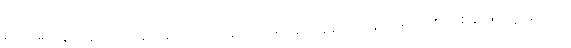
စပါးအုံးမြွေတွေဟာ ထိန်းမနိုင်လောက်အောင် မျိုးပွားလွန်လာနေတဲ့ မျိုးစိတ်တစ်ခု ဖြစ်တဲ့အတွက်